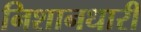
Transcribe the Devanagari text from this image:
निशानधारी